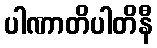
ပါဏာတိပါတိနီ